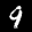
Label: 9